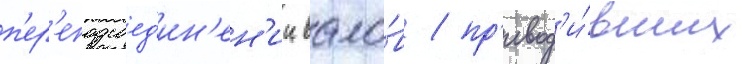
п'ер'еподсоед'ин'ен'ии вало́в / пр'ивод'и́вших